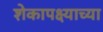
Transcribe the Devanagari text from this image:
शेकापक्ष्याच्या